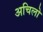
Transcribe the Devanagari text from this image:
अचिलो